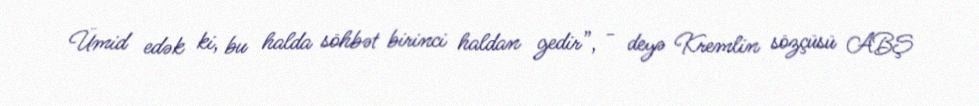
Ümid edək ki, bu halda söhbət birinci haldan gedir”, - deyə Kremlin sözçüsü ABŞ